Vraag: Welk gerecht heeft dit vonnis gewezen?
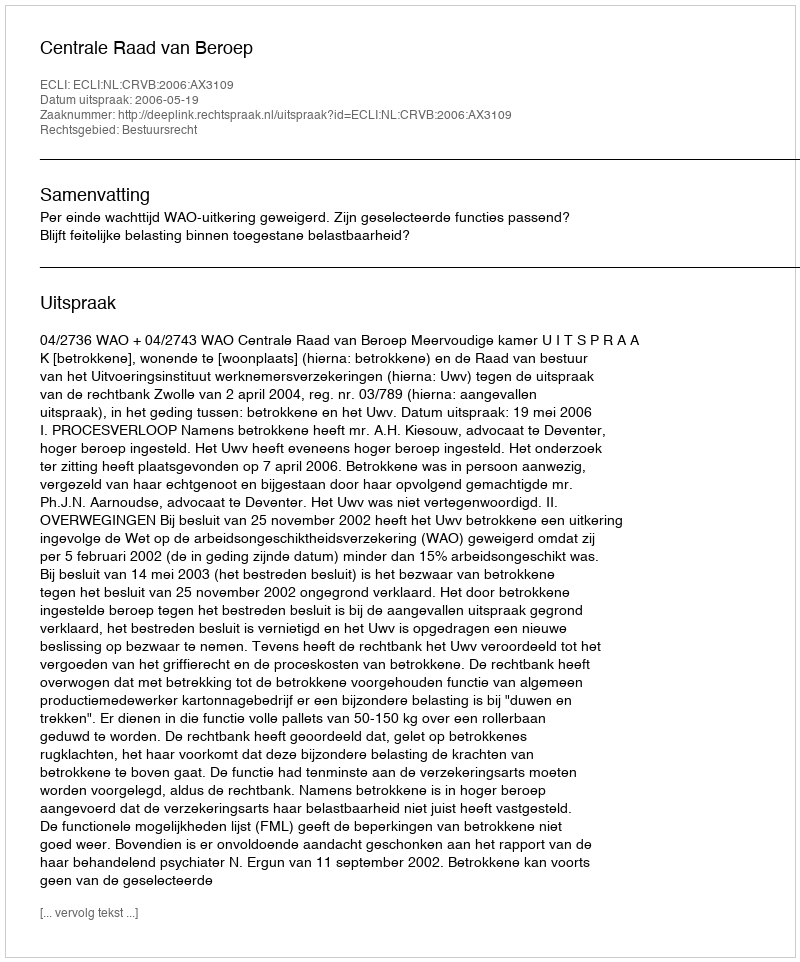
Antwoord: Centrale Raad van Beroep